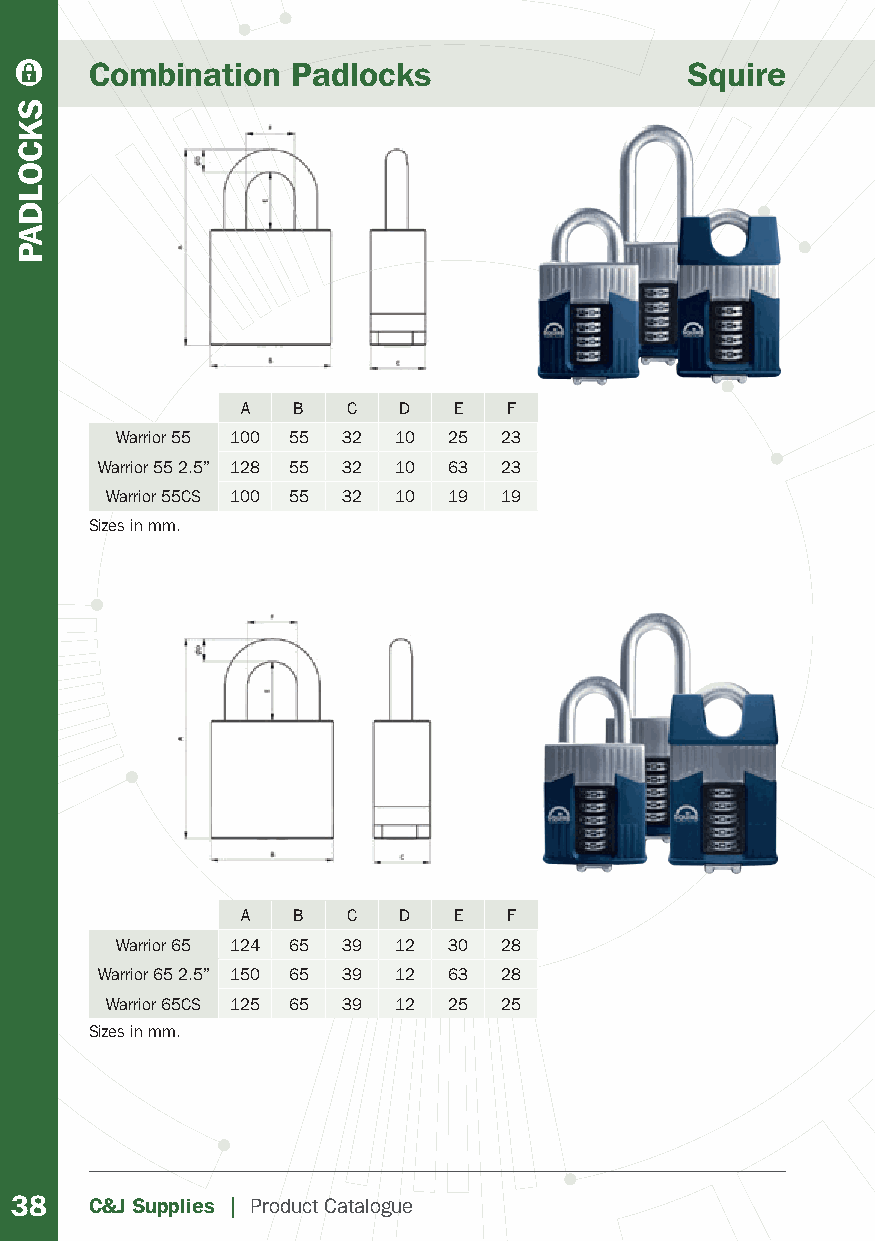
Combination  Padlocks                  Squire
 A  B   C  D   E   F
 Warrior 55 100 55 32 10 25 23
 Warrior 55 2.5” 128 55 32 10 63 23
 Warrior 55CS 100 55 32 10 19 19
 Sizes in mm.
 A  B   C  D   E   F
 Warrior 65 124 65 39 12 30 28
 Warrior 65 2.5” 150 65 39 12 63 28
 Warrior 65CS 125 65 39 12 25 25
 Sizes in mm.
 38   C&J Supplies | Product Catalogue
 SKCOLDAP